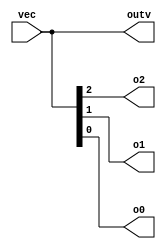
module top_module ( 
    input wire [2:0] vec,
    output wire [2:0] outv,
    output wire o2,
    output wire o1,
    output wire o0  ); // Module body starts after module declaration
	
    // This is ok too: assign {o2, o1, o0} = vec;
    assign outv = vec;
    assign o0 = vec[0];
    assign o1 = vec[1];
    assign o2 = vec[2];
    
endmodule